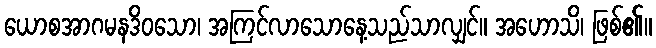
ယောစအာဂမနဒိဝသော၊ အကြင်လာသောနေ့သည်သာလျှင်။ အဟောသိ၊ ဖြစ်၏။